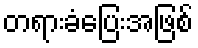
တရားခံပြေးအဖြစ်